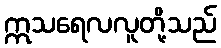
ဣသရေလလူတို့သည်